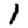
Digit: 1